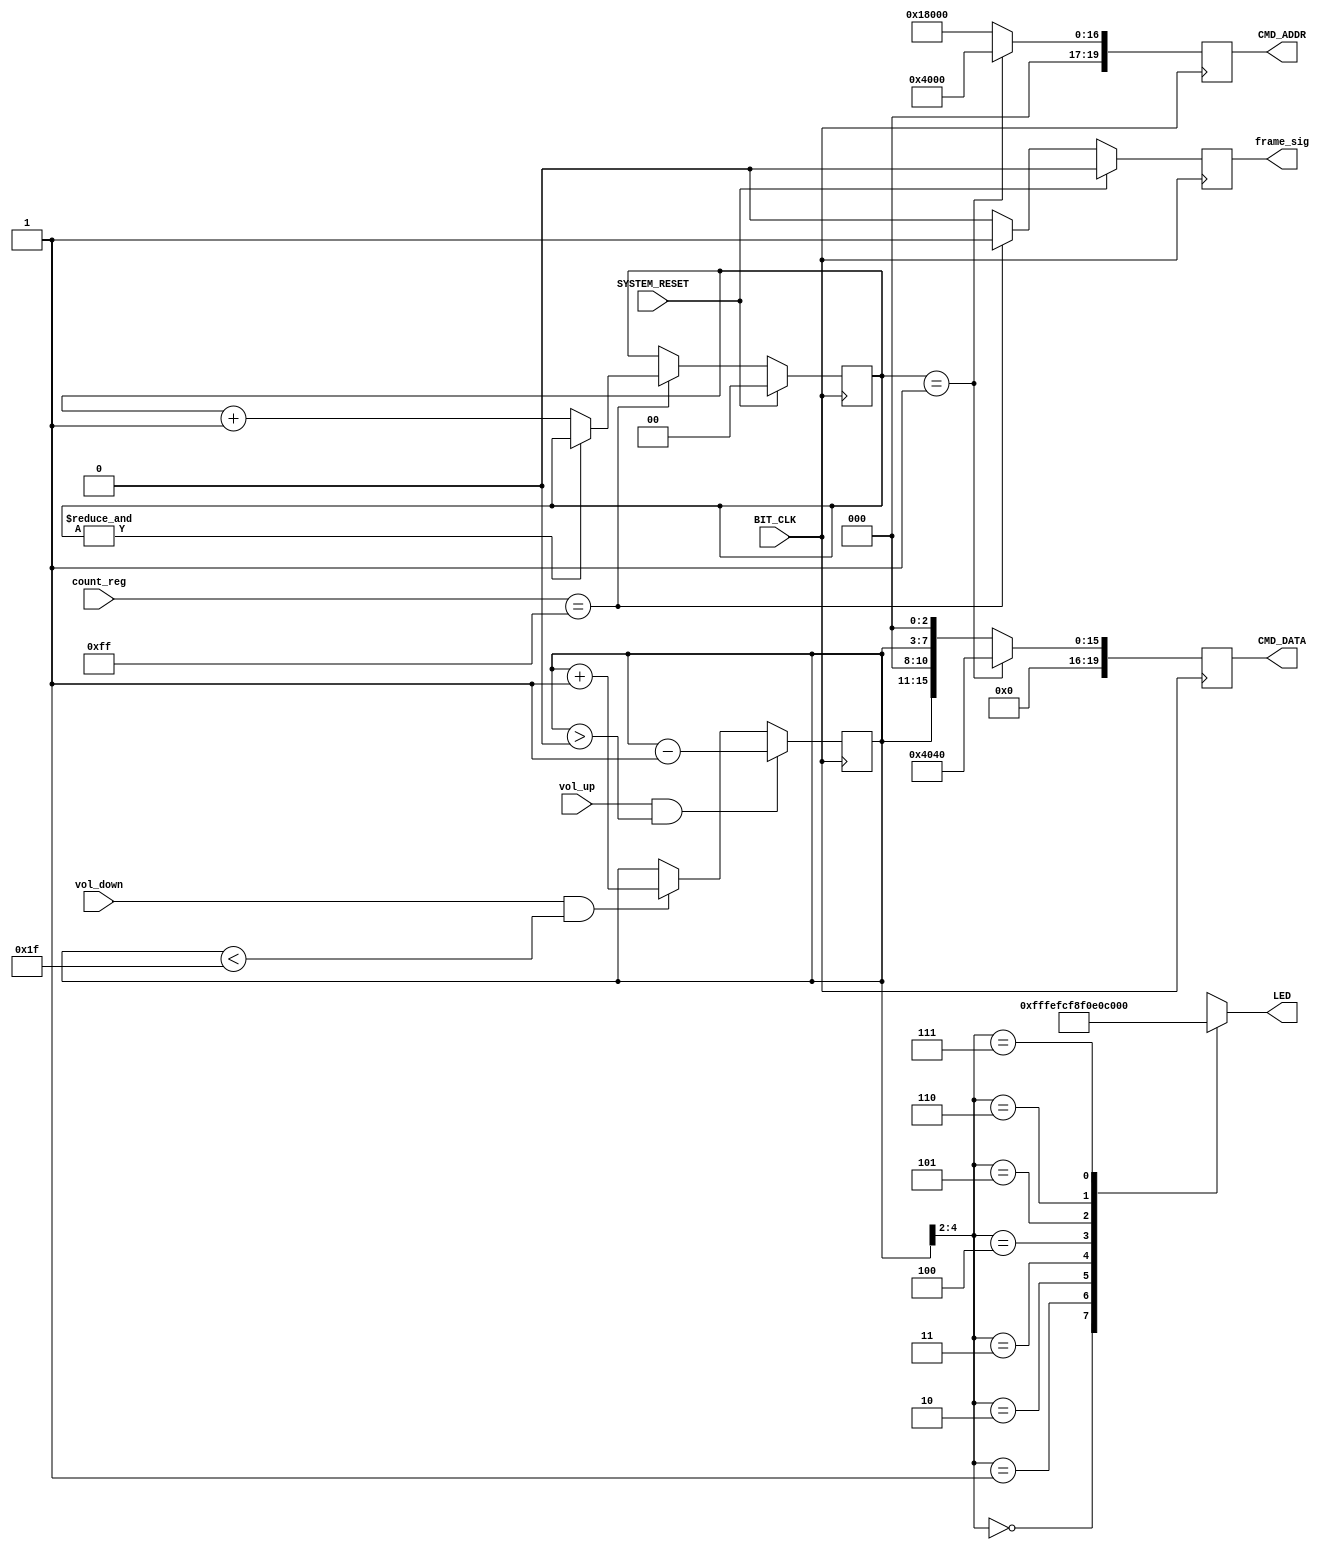
`timescale 1ns / 1ps
//////////////////////////////////////////////////////////////////////////////////
// Company: 
// Engineer: 
// 
// Design Name: 
// Module Name:    Volume_Control 
// Project Name: 
// Target Devices: 
// Tool versions: 
// Description: 
//
// Dependencies: 
//
// Revision: 
// Revision 0.01 - File Created
// Additional Comments: 
//
//////////////////////////////////////////////////////////////////////////////////
module Volume_Control(
	input SYSTEM_RESET,
	input BIT_CLK,
	input [7:0] count_reg,
	input vol_up,
	input vol_down,
	
	output reg [19:0] CMD_ADDR,
	output reg [19:0] CMD_DATA,
	output reg frame_sig,
	output reg [7:0] LED
    );
	 
	reg [1:0] frame_count = 2'b00;
	reg [4:0] vol_reg = 5'b01111;
	
	always @(*)
		casex (vol_reg)
			5'b000_xx: LED = 8'b1111_1111;
			5'b001_xx: LED = 8'b1111_1110;
			5'b010_xx: LED = 8'b1111_1100;
			5'b011_xx: LED = 8'b1111_1000;
			5'b100_xx: LED = 8'b1111_0000;
			5'b101_xx: LED = 8'b1110_0000;
			5'b110_xx: LED = 8'b1100_0000;
			5'b111_xx: LED = 8'b1000_0000;
		endcase
	
	always @(posedge BIT_CLK) begin
		if (SYSTEM_RESET) begin
			frame_count <= 2'b00;
			frame_sig <= 1'b0;
		end else if (count_reg == 255) begin
			if (!(&frame_count))
				frame_count <= frame_count + 1'b1;
			frame_sig <= 1'b1;
		end else
			frame_sig <= 1'b0;
		
		if (vol_down && (vol_reg < 5'b11111)) begin
			vol_reg <= vol_reg + 1'b1;
		end
		
		if (vol_up && (vol_reg > 5'b00000)) begin
			vol_reg <= vol_reg - 1'b1;
		end

		case (frame_count)
			2'b01: 	begin 
							CMD_ADDR <= 20'h04_000;
							CMD_DATA <= 20'b0000_01000_000_01000_000;
						end
			default: begin
							CMD_ADDR <= 20'h18_000;
							CMD_DATA <= {{4{1'b0}}, vol_reg, {3{1'b0}}, vol_reg, {3{1'b0}}};
						end
		endcase
	end	

endmodule